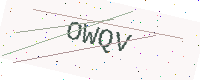
Text: OWQV